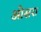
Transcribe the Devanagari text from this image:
ओसरा